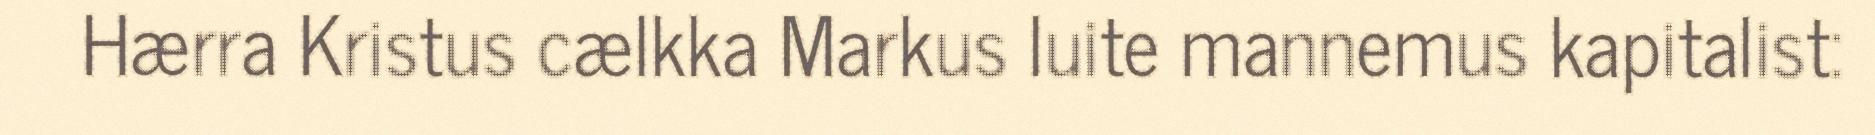
Hærra Kristus cælkka Markus luite mannemus kapitalist: